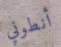
أنطوني